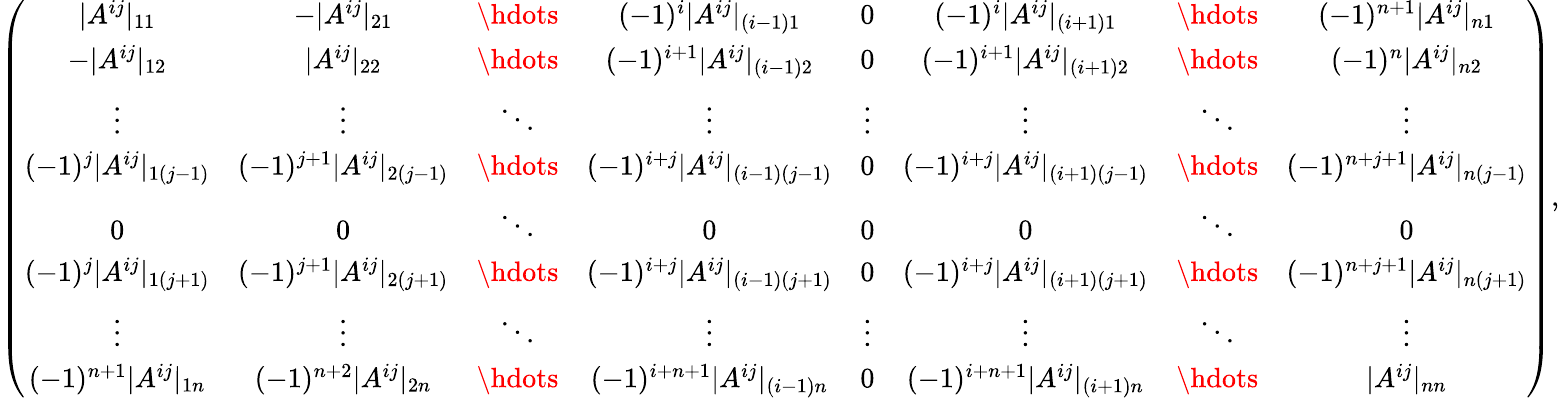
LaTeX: \begin{array}{r}{\left(\begin{array}{cccccccc}{|A^{ij}|_{11}}&{-|A^{ij}|_{21}}&{\hdots}&{(-1)^{i}|A^{ij}|_{(i-1)1}}&{0}&{(-1)^{i}|A^{ij}|_{(i+1)1}}&{\hdots}&{(-1)^{n+1}|A^{ij}|_{n1}}\\ {-|A^{ij}|_{12}}&{|A^{ij}|_{22}}&{\hdots}&{(-1)^{i+1}|A^{ij}|_{(i-1)2}}&{0}&{(-1)^{i+1}|A^{ij}|_{(i+1)2}}&{\hdots}&{(-1)^{n}|A^{ij}|_{n2}}\\ {\vdots}&{\vdots}&{\ddots}&{\vdots}&{\vdots}&{\vdots}&{\ddots}&{\vdots}\\ {(-1)^{j}|A^{ij}|_{1(j-1)}}&{(-1)^{j+1}|A^{ij}|_{2(j-1)}}&{\hdots}&{(-1)^{i+j}|A^{ij}|_{(i-1)(j-1)}}&{0}&{(-1)^{i+j}|A^{ij}|_{(i+1)(j-1)}}&{\hdots}&{(-1)^{n+j+1}|A^{ij}|_{n(j-1)}}\\ {0}&{0}&{\ddots}&{0}&{0}&{0}&{\ddots}&{0}\\ {(-1)^{j}|A^{ij}|_{1(j+1)}}&{(-1)^{j+1}|A^{ij}|_{2(j+1)}}&{\hdots}&{(-1)^{i+j}|A^{ij}|_{(i-1)(j+1)}}&{0}&{(-1)^{i+j}|A^{ij}|_{(i+1)(j+1)}}&{\hdots}&{(-1)^{n+j+1}|A^{ij}|_{n(j+1)}}\\ {\vdots}&{\vdots}&{\ddots}&{\vdots}&{\vdots}&{\vdots}&{\ddots}&{\vdots}\\ {(-1)^{n+1}|A^{ij}|_{1n}}&{(-1)^{n+2}|A^{ij}|_{2n}}&{\hdots}&{(-1)^{i+n+1}|A^{ij}|_{(i-1)n}}&{0}&{(-1)^{i+n+1}|A^{ij}|_{(i+1)n}}&{\hdots}&{|A^{ij}|_{nn}}\end{array}\right),}\end{array}